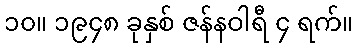
၁၀။ ၁၉၄၈ ခုနှစ် ဇန်နဝါရီ ၄ ရက်။